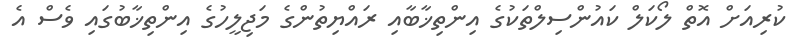
ކުރިއަށް އޮތް ލޯކަލް ކައުންސިލްތަކުގެ އިންތިޚާބާއި ރައްޔިތުންގެ މަޖިލީހުގެ އިންތިޚާބުގައި ވެސް އެ